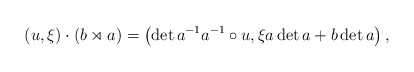
\begin{align*}(u,\xi)\cdot (b\rtimes a)=\left(\det a^{-1} a^{-1} \circ u,\xi a \det a + b\det a\right),\end{align*}